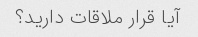
آیا قرار ملاقات دارید؟